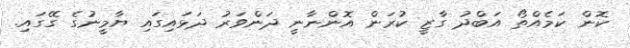
ކޮން ކަމެއްތޯ އަބްދު ގާޒީ ކުރަން އޮންނާނީ ދަންވަރު ދަޅައިގައި ޔާމީނުގެ ގޭގައި.